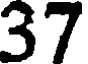
37